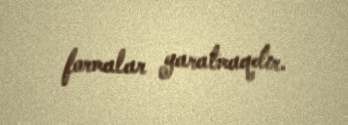
formalar yaratmaqdır.